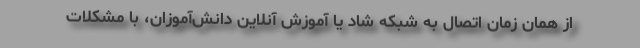
از همان زمان اتصال به شبکه شاد یا آموزش آنلاین دانش‌آموزان، با مشکلات